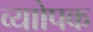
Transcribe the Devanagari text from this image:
व्याोपक